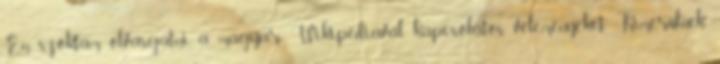
Én szoktam olvasgatni a magyar Wikipédiával kapcsolatos véleményeket. Kimerülnek